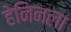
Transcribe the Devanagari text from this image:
हेनिनला